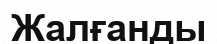
Жалғанды